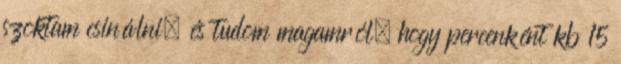
szoktam csinálni, és tudom magamról, hogy percenként kb 15